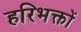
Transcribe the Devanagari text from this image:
हरिभक्तों